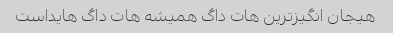
هیجان انگیز‌ترین هات داگ همیشه هات داگ هایداست